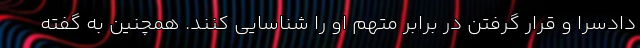
دادسرا و قرار گرفتن در برابر متهم او را شناسایی کنند. همچنین به گفته